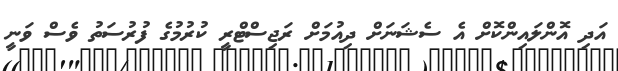
އަދި އޮންލައިންކޮށް އެ ސެޝަނަށް ދިއުމަށް ރަޖިސްޓްރީ ކުރުމުގެ ފުރުސަތު ވެސް ވަނީ